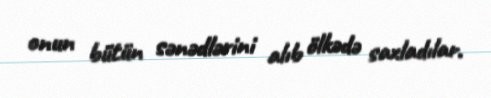
onun bütün sənədlərini alıb ölkədə saxladılar.